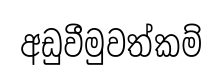
අඩුවීමුවත්කම්